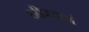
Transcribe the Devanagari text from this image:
नीरदाभं